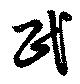
民